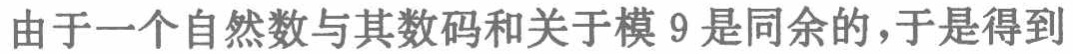
由于一个自然数与其数码和关于模 9 是同余的，于是得到